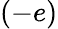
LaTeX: (-e)